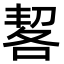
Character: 㗉